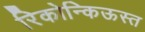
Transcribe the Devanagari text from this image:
रिकोन्किऊस्त